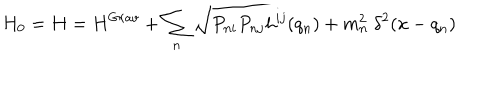
H _ { 0 } = H = H ^ { G r a v } + \sum _ { n } \sqrt { P _ { n i } P _ { n j } h ^ { i j } ( q _ { n } ) + m _ { n } ^ { 2 } } ~ \delta ^ { 2 } ( x - q _ { n } )